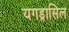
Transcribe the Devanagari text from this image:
यगड्रासिल